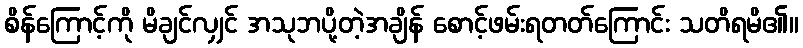
စိန်ကြောင့်ကို မိချင်လျှင် အသုဘပို့တဲ့အချိန် စောင့်ဖမ်းရတတ်ကြောင်း သတိရမိ၏။